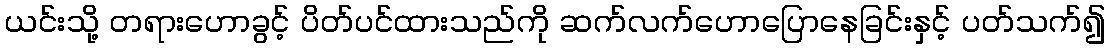
ယင်းသို့ တရားဟောခွင့် ပိတ်ပင်ထားသည်ကို ဆက်လက်ဟောပြောနေခြင်းနှင့် ပတ်သက်၍